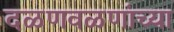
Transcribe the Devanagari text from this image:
दळणवळणांच्या